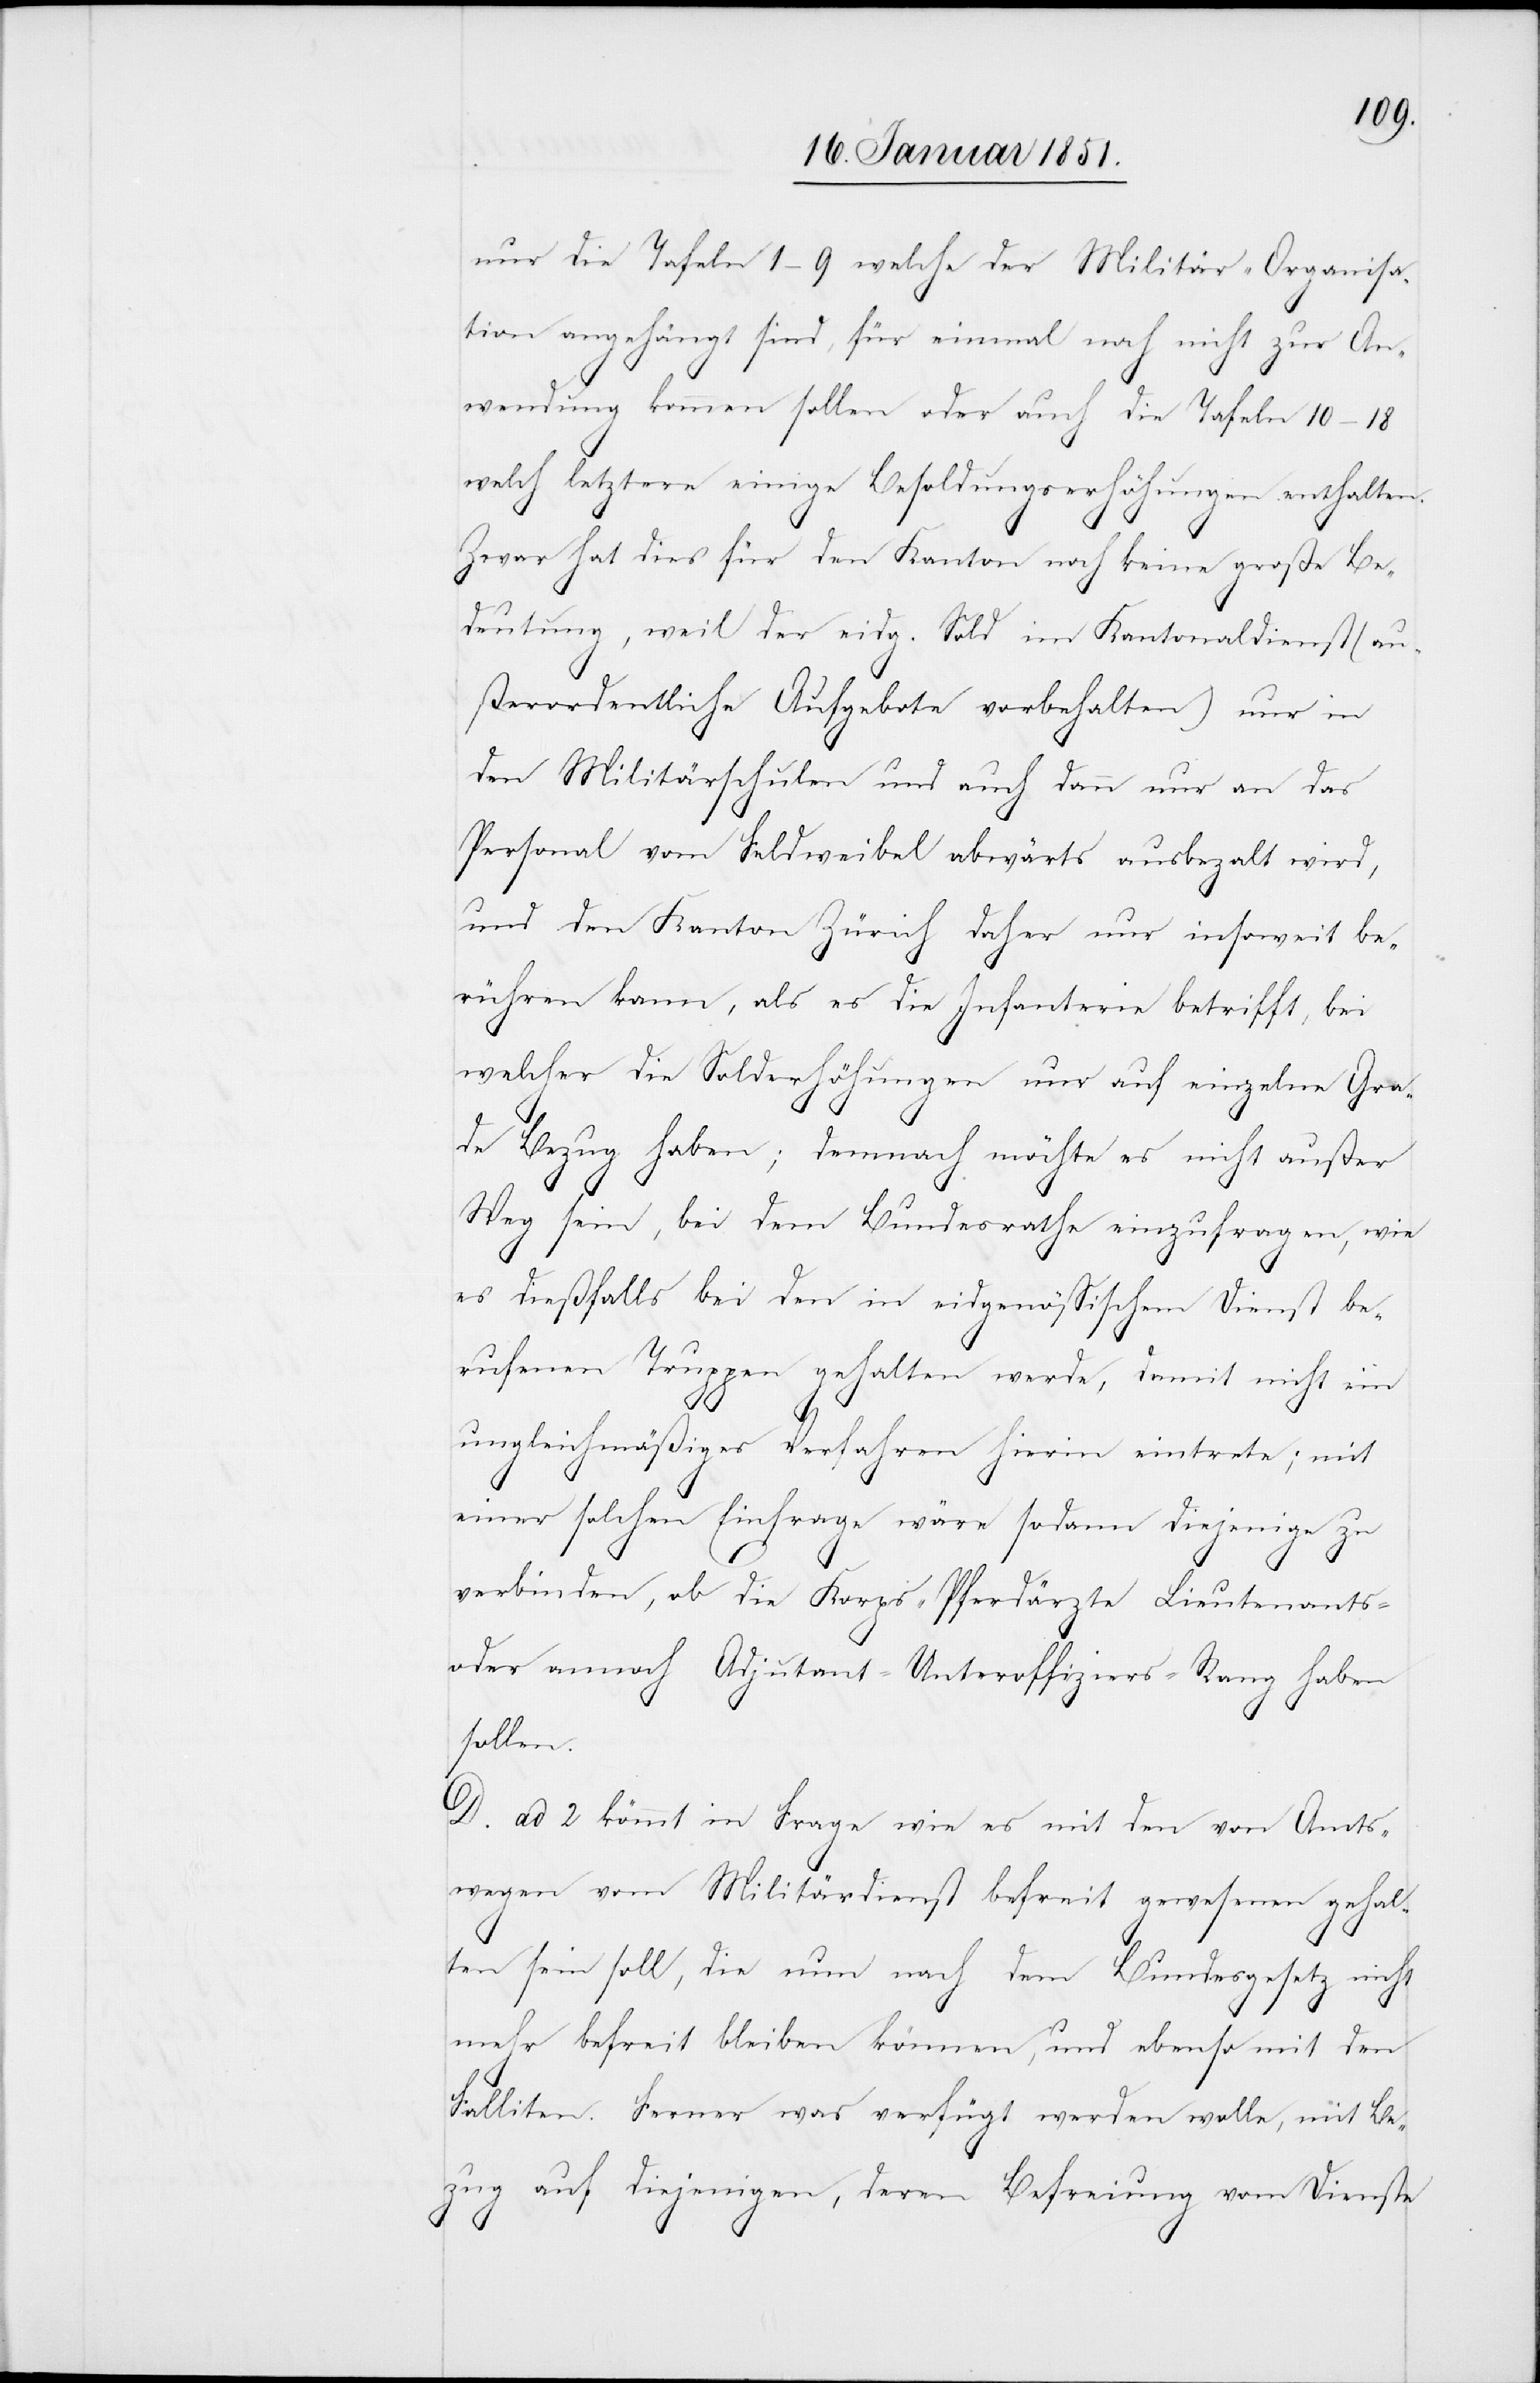
nur die Tafeln 1–9 welche der Militär-Organisa¬
tion angehängt sind, für einmal noch nicht zur An¬
wendung kommen sollen oder auch die Tafeln 10–18
welch letztere einige Besoldungserhöhungen enthalten.
Zwar hat dies für den Kanton noch keine große Be¬
deutung, weil der eidg. Sold im Kantonaldienst (au¬
ßerordentliche Aufgebote vorbehalten) nur in
den Militärschulen und auch dann nur an das
Personal vom Feldweibel abwärts ausbeza[h]lt wird,
und den Kanton Zürich daher nur insoweit be¬
rühren kann, als es die Infanterie betrifft, bei
welcher die Solderhöhungen nur auf einzelne Gra¬
de Bezug haben; demnach möchte es nicht außer
Weg sein, bei dem Bundesrathe einzufragen, wie
es dießfalls bei den in eidgenössischem Dienst be¬
rufenen Truppen gehalten werde, damit nicht ein
ungleichmäßiges Verfahren hierin eintrete; mit
einer solchen Einfrage wäre sodann diejenige zu
verbinden, ob die Korps-Pferdärzte Lieutenants-
oder annoch Adjutant-Unteroffiziers-Rang haben
sollen.
D. ad 2 kömmt in Frage wie es mit den von Amts¬
wegen vom Militärdienst befreit gewesenen gehal¬
ten sein soll, die nun nach dem Bundesgesetz nicht
mehr befreit bleiben können, und ebenso mit den
Falliten. Ferner was verfügt werden wolle, mit Be¬
zug auf diejenigen, deren Befreiung vom Dienste